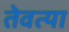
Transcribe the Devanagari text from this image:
तेवत्या